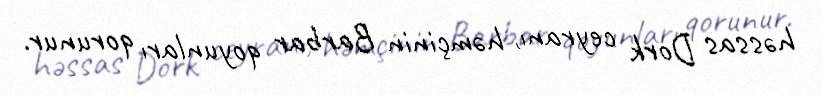
həssas Dork ceyranı, həmçinin Barbar qoyunları qorunur.